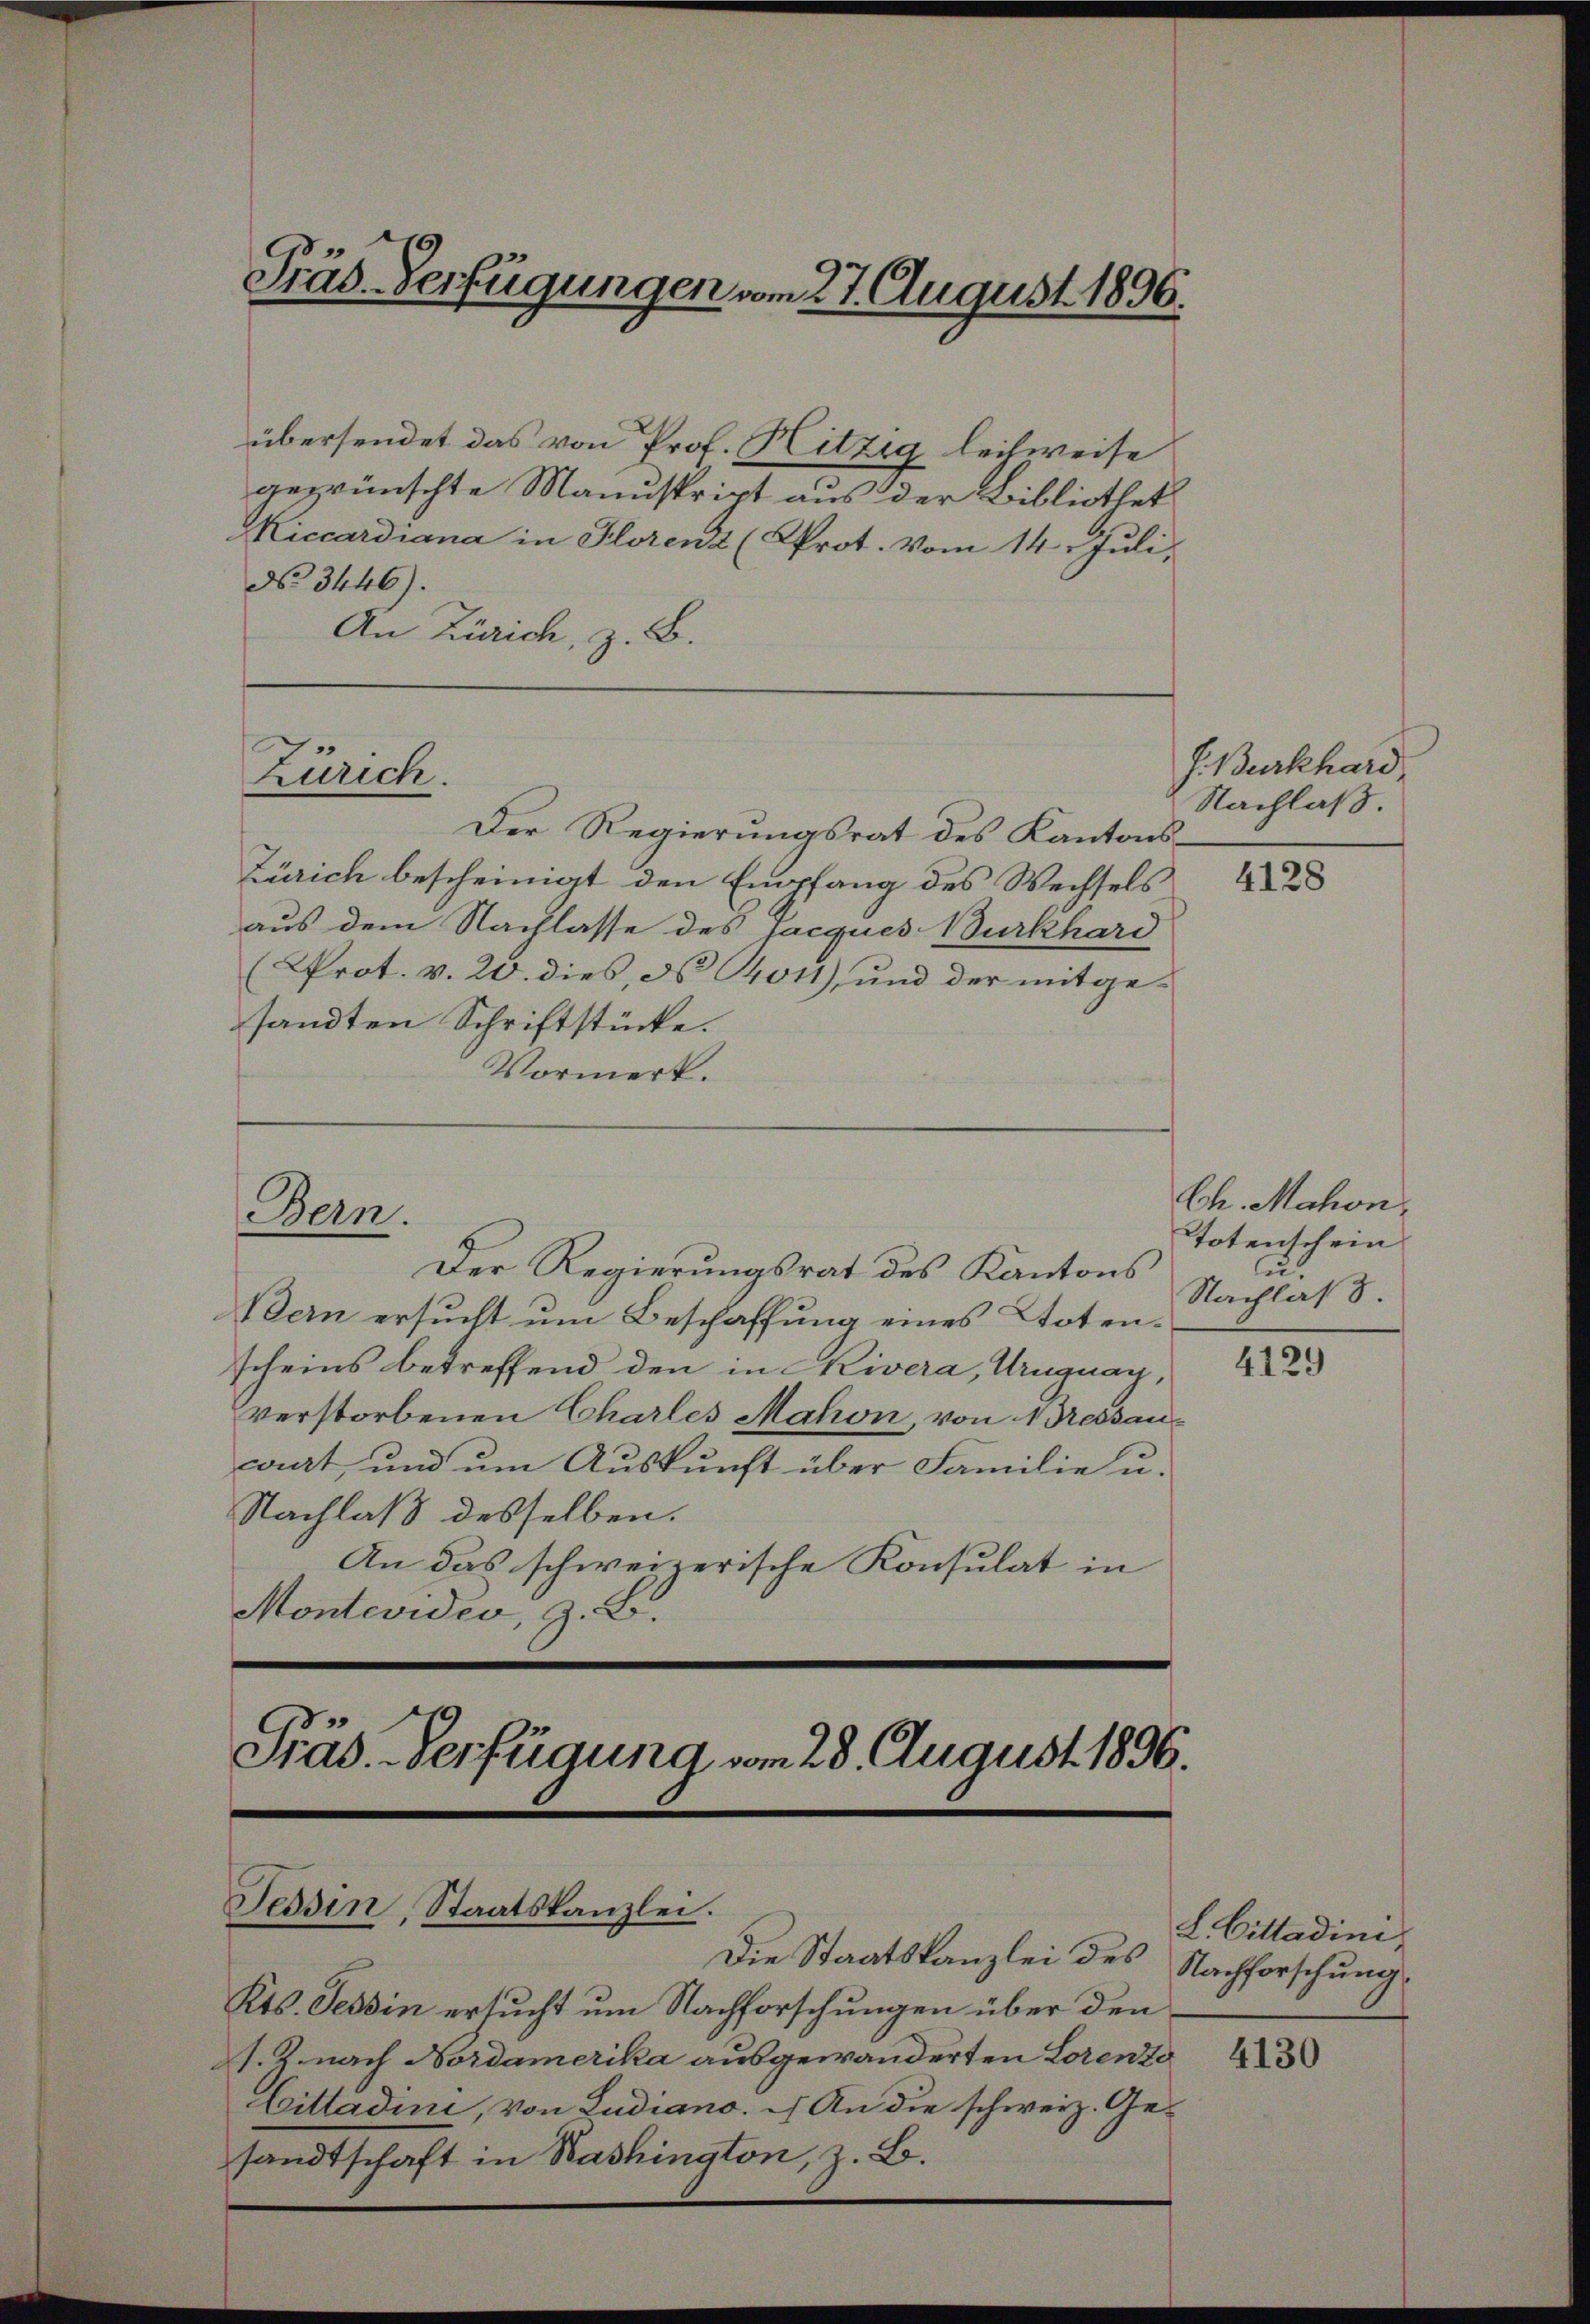
Präs-Verfügungen vom 27. August 1896.

No 3446).
An Zürich, z. B.

übersendet das von Prof. Hitzig heilweise
gewünschte Manuskript aus der Bibliothek
Miccardiana in Florenz (Prot. Vom 14. Juli,

Zürich.

Der Regierungsrat des Kantons¬
Zürich bescheinigt den Empfang des Wechsels
aus dem Nachlasse des Jacques Burkhard
(Prot. v. 20. dies, d. 14011), und der mitgesandten Schriftstücke.
Vormerk.

Der Regierungsrat des Kantons
Bern ersucht um Beschaffung eines Totenscheins betreffend den in Kivera, Uruguay,
verstorbenen Chartes Mahon, von 1 Pressaucart, und um Auskunft über Familie u.
Nachlaß desselben.
An das schweizerische Konsulat in
Montevideo, z. B.
Präs. Verfügung vom 28. August 1896.

Bein.

Tessin, Staatskanzlei.

Die Staatskanzlei des
Kts. Tessin ersucht um Nachforschungen über den
s. Z. nach Nordamerika ausgewanderten Lorenze

Cittadini, von Ludiano. An die schweiz. Gesandtschaft in Washington, z. B.

L. Giltadini,
Nachforschung.

J. Burkhard,
Nachlaß.

4128

Ch. Mahon.
Totenschein
u.
Nachlass.

4129